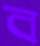
ব